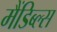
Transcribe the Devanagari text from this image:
मैंडिब्ल्स